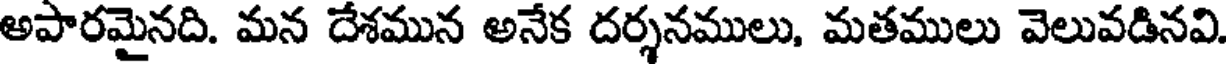
అపారమైనది. మన దేశమున అనేక దర్శనములు, మతములు వెలువడినవి.